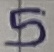
Text: 5